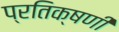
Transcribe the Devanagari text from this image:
प्रतिक्षणीं